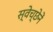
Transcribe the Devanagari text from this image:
स्वेच्छेनें